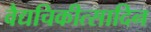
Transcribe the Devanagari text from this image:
वैद्यचिकीत्सादिन